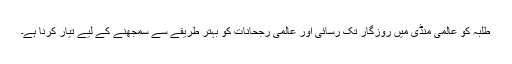
طلبہ کو عالمی منڈی میں روزگار تک رسائی اور عالمی رجحانات کو بہتر طریقے سے سمجھنے کے لیے تیار کرنا ہے۔